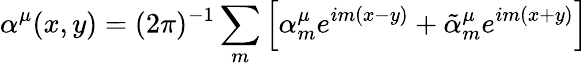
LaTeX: \alpha^{\mu}(x,y)=(2\pi)^{-1}\sum_{m}\left[\alpha_{m}^{\mu}e^{im(x-y)}+\tilde{\alpha}_{m}^{\mu}e^{im(x+y)}\right]